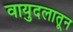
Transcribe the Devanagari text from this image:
वायुदलातून